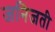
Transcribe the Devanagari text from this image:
जनिजती